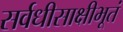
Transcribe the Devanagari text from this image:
सर्वधीसाक्षीभूतं